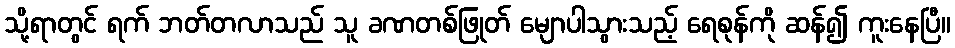
သို့ရာတွင် ရက် ဘတ်တလာသည် သူ ခဏတစ်ဖြုတ် မျောပါသွားသည့် ရေစုန်ကို ဆန်၍ ကူးနေပြီ။